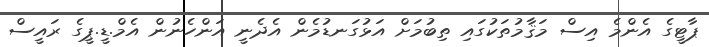
ޕާޓީގެ އެންމެ އިސް މަޤާމުތަކުގައި ތިބުމަށް އަޅުގަނޑުމެން އެދެނީ އަންހެނުން އެމް.ޑީ.ޕީގެ ރައީސް